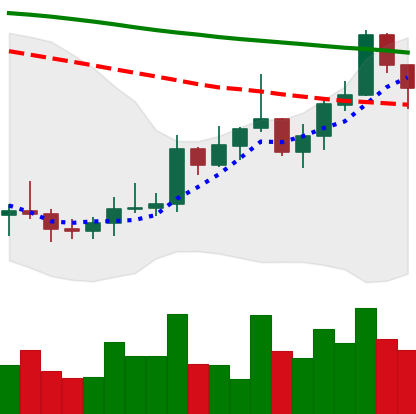
Ticker: XMR-USD
Chart end date: 2022-01-03
Forward return: -20.367%
Label: down_7plus